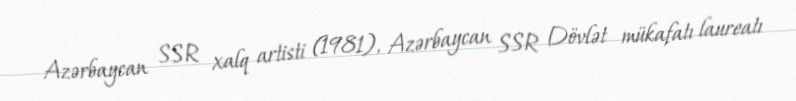
Azərbaycan SSR xalq artisti (1981), Azərbaycan SSR Dövlət mükafatı laureatı